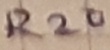
Text: R20